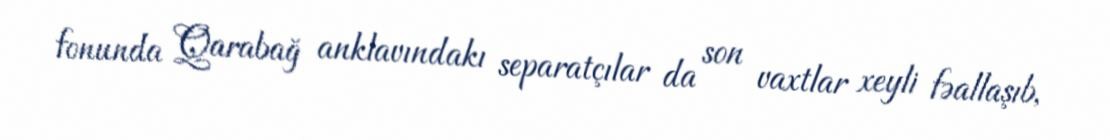
fonunda Qarabağ anklavındakı separatçılar da son vaxtlar xeyli fəallaşıb,